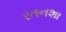
રતનશા